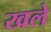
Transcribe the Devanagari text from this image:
खले